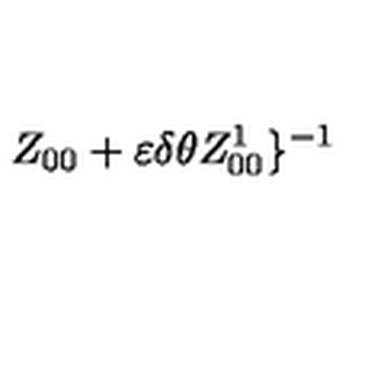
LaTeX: Z _ { 0 0 } + \varepsilon \delta \theta Z _ { 0 0 } ^ { 1 } \} ^ { - 1 }